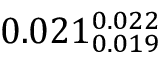
0 . 0 2 1 _ { 0 . 0 1 9 } ^ { 0 . 0 2 2 }